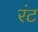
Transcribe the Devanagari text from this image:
रंट